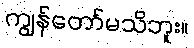
ကျွန်တော်မသိဘူး။